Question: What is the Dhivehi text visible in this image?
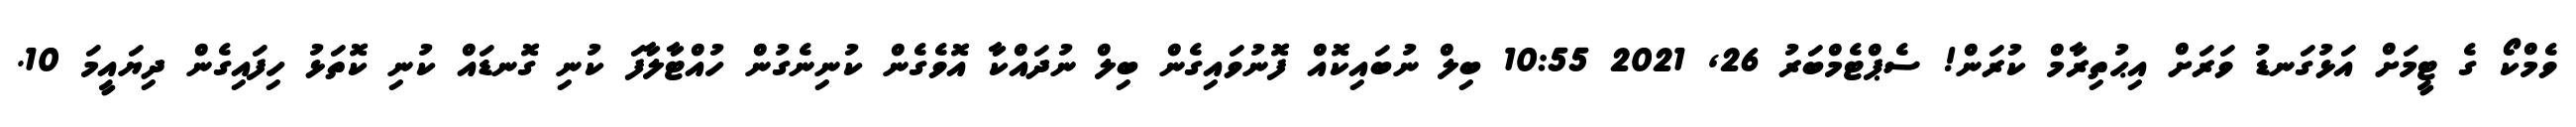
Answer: ވެމްކޯ ގެ ޓީމަށް އަޅުގަނޑު ވަރަށް އިޙުތިރާމް ކުރަން! ސެޕްޓެމްބަރު 26, 2021 10:55 ބިލް ނުބައިކޮއް ފޮނުވައިގެން ބިލް ނުދައްކާ އޮވެގެން ކުނިނެގުން ހުއްޓާލާފަ ކުނި ގޮނޑައް ކުނި ކޮތަޅު ހިފައިގެން ދިޔައީމަ 10.